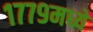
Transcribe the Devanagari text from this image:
१७७९मध्ये